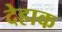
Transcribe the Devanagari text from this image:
देहाक